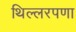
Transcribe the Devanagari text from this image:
थिल्लरपणा